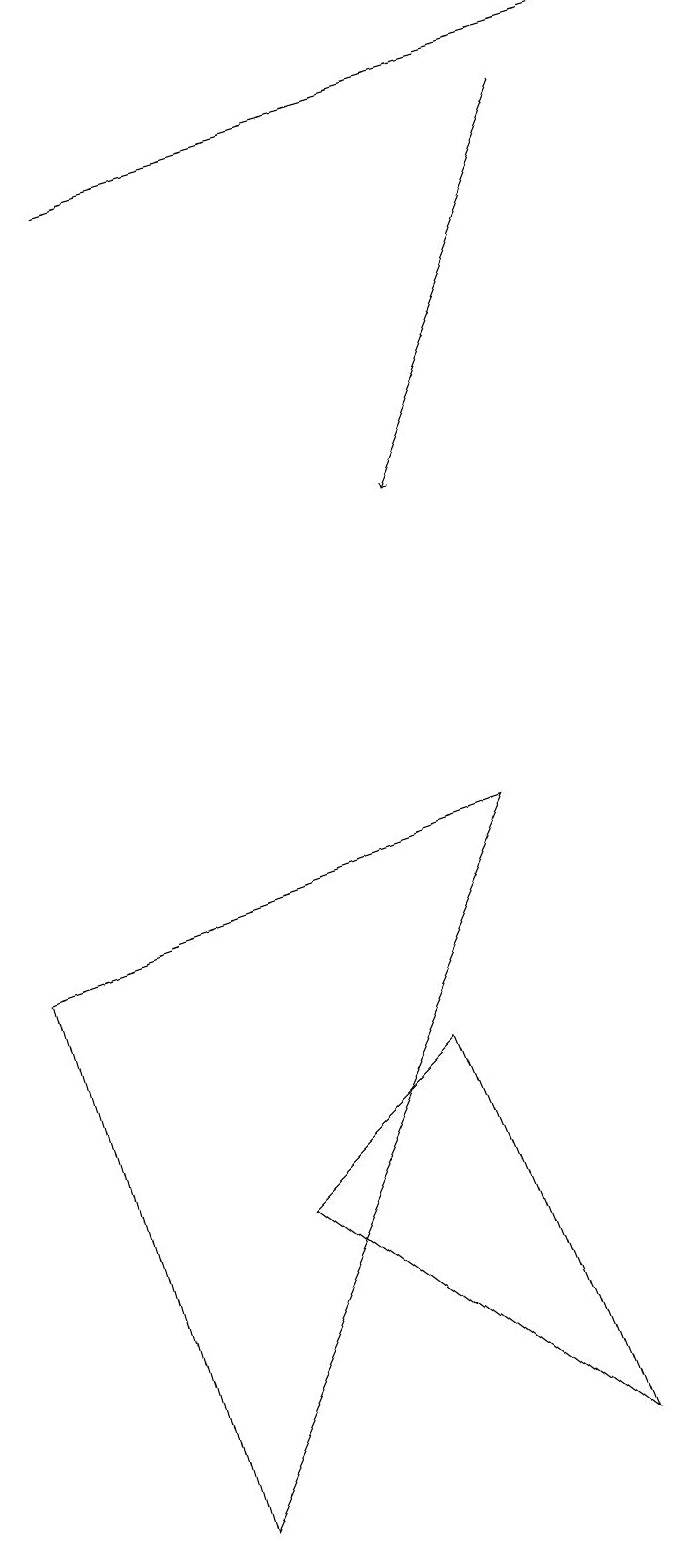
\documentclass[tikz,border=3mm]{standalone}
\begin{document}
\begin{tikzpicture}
\draw (4,4) -- (8,1) -- (6,6) -- cycle;
\draw[->] (8,18) -- (6,13);
\draw (3,0) -- (7,9) -- (1,7) -- cycle;
\draw[->] (2,17) -- (9,19);
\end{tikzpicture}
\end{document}